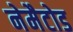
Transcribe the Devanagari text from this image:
नेमैटोड